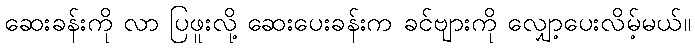
ဆေးခန်းကို လာ ပြဖူးလို့ ဆေးပေးခန်းက ခင်ဗျားကို လျှော့ပေးလိမ့်မယ်။